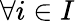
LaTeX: \forall i\in I